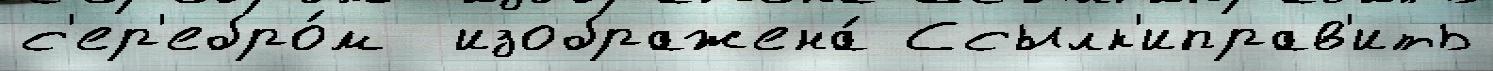
с'ер'ебро́м  изображена́ Ссылк'иправ'ить